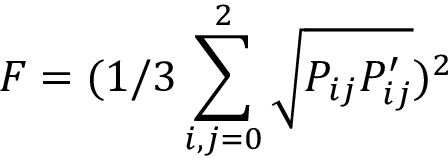
F = ( 1 / 3 \sum _ { i , j = 0 } ^ { 2 } \sqrt { P _ { i j } P _ { i j } ^ { \prime } } ) ^ { 2 }